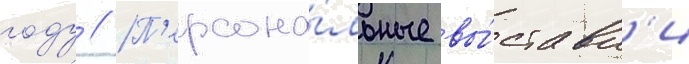
году // П'ерсона́льные вы́ставк'и